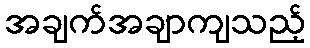
အချက်အချာကျသည့်